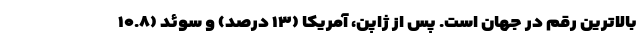
بالاترین رقم در جهان است. پس از ژاپن، آمریکا (۱۳ درصد) و سوئد (۱۰.۸